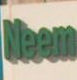
Team